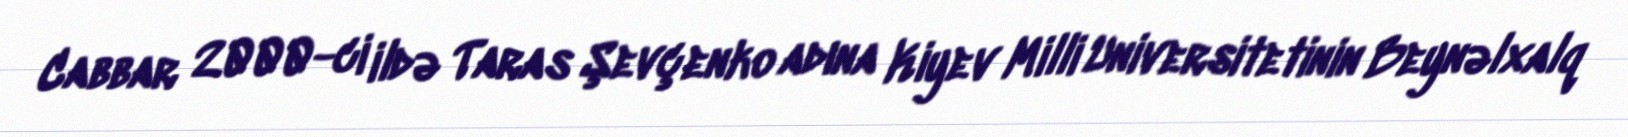
Cabbar 2000-ci ildə Taras Şevçenko adına Kiyev Milli Universitetinin Beynəlxalq